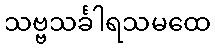
သဗ္ဗသင်္ခါရသမထေ